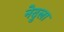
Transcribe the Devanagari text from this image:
नेदुला